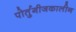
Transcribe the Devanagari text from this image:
पोर्तुगीजकालीन